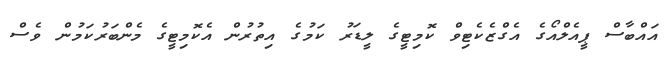
އައްބާސް ޕީއެލްއޯގެ އެގްޒެކެޓިވް ކޮމިޓީގެ ލީޑަރު ކަމުގެ އިތުރުން އެކޮމިޓީގެ މެންބަރުކަމުން ވެސް